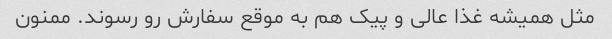
مثل همیشه غذا عالی و پیک هم به موقع سفارش رو رسوند. ممنون